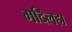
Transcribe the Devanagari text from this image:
मदिलहा